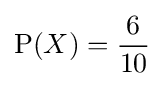
\operatorname {P} (X)={6 \over 10}